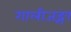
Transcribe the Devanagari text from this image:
गालीजङ्गा